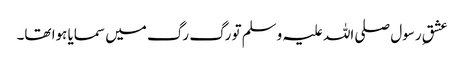
عشقِ رسول صلی اللہ علیہ وسلم تو رگ رگ میں سمایا ہوا تھا۔